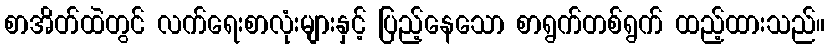
စာအိတ်ထဲတွင် လက်ရေးစာလုံးများနှင့် ပြည့်နေသော စာရွက်တစ်ရွက် ထည့်ထားသည်။